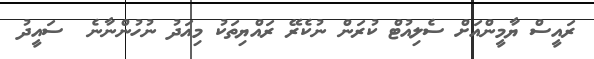
ރައީސް ޔާމީންއަށް ސެލިއުޓް ކުރަން ނުކެރޭ ރައްޔިތަކު މިއަދު ނުހުންނާނެ  ސައީދު